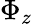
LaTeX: \Phi_{z}